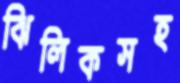
ঝিলিকসহ